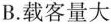
B.载客量大